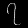
Digit: ၇